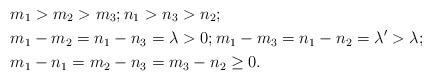
LaTeX: \begin{align*}&m_1>m_2>m_3; n_1>n_3>n_2;\\&m_1-m_2=n_1-n_3=\lambda>0; m_1-m_3=n_1-n_2=\lambda'>\lambda; \\& m_1-n_1=m_2-n_3=m_3-n_2\ge 0. \end{align*}